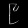
Digit: ၉